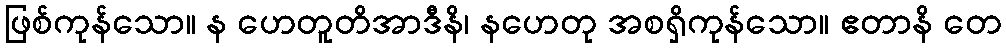
ဖြစ်ကုန်သော။ န ဟေတူတိအာဒီနိ၊ နဟေတု အစရှိကုန်သော။ ဧတာနိ တေ